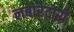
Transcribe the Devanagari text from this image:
लबोरेटोरी